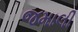
જમાલી